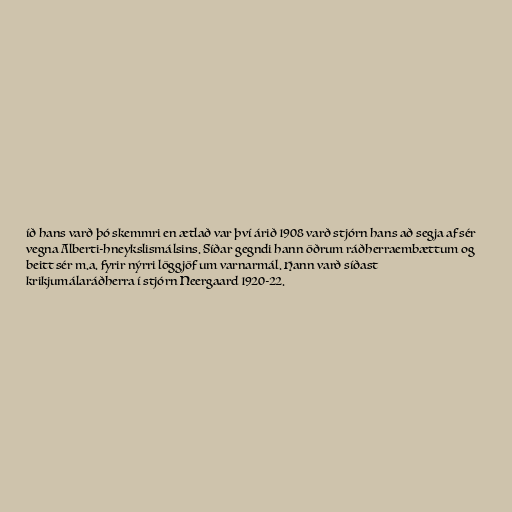
íð hans varð þó skemmri en ætlað var því árið 1908 varð stjórn hans að segja af sér
vegna Alberti-hneykslismálsins. Síðar gegndi hann öðrum ráðherraembættum og
beitt sér m.a. fyrir nýrri löggjöf um varnarmál. Hann varð síðast
krikjumálaráðherra í stjórn Neergaard 1920-22.